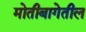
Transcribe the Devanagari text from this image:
मोतीबागेतील